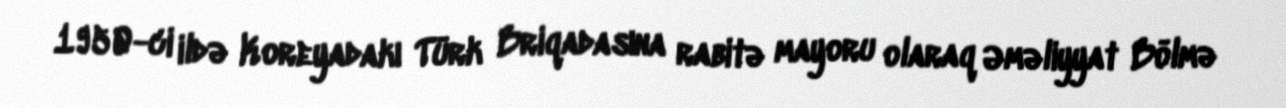
1950-ci ildə Koreyadakı Türk Briqadasına rabitə mayoru olaraq Əməliyyat Bölmə